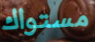
مستواك